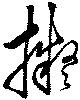
擬